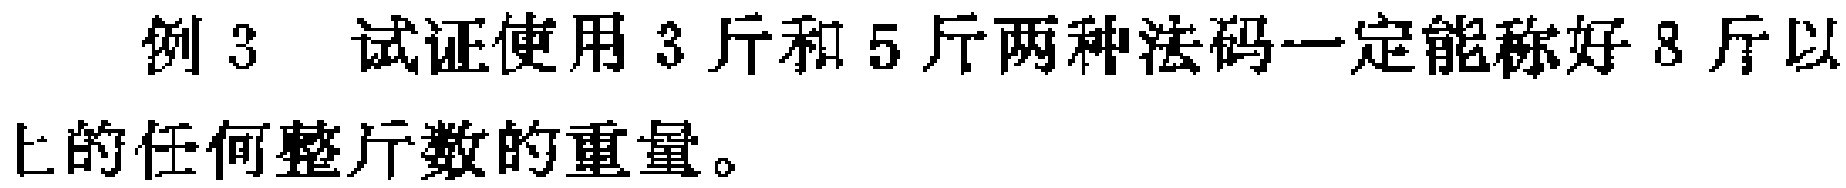
例 3  试证使用 3 斤和 5 斤两种砝码一定能称好 8 斤以

上的任何整斤数的重量。